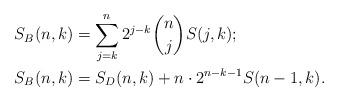
LaTeX: \begin{align*} S_B(n,k) &=\sum_{j=k}^{n}2^{j-k}\binom{n}{j}S(j,k); \\ S_B(n,k) &= S_D(n,k)+n\cdot2^{n-k-1}S(n-1,k). \end{align*}